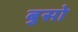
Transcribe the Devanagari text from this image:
बुसो